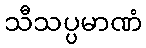
သီသပ္ပမာဏံ